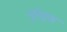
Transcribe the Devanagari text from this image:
गुरेइस